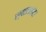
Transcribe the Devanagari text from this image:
स्पाइडरहंटर